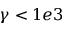
\gamma < 1 e 3